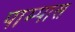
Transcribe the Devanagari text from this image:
पाम्पास